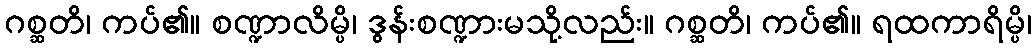
ဂစ္ဆတိ၊ ကပ်၏။ စဏ္ဍာလိမ္ပိ၊ ဒွန်းစဏ္ဍားမသို့လည်း။ ဂစ္ဆတိ၊ ကပ်၏။ ရထကာရိမ္ပိ၊